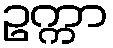
ဥက္ကာ